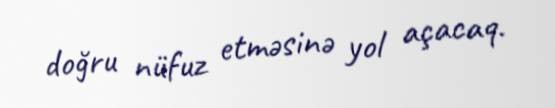
doğru nüfuz etməsinə yol açacaq.